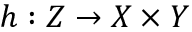
h : Z \to X \times Y